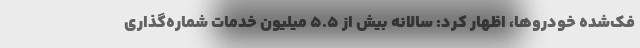
فَک‌شده خودروها، اظهار کرد: سالانه بیش از 5.5 میلیون خدمات شماره‌گذاری